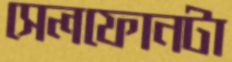
সেলফোনটা